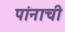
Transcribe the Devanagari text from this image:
पांनाची